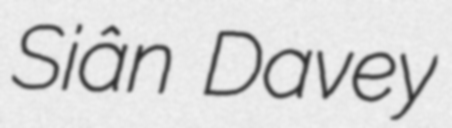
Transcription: Siân Davey